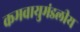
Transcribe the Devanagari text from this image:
कमवायुमंडलीय